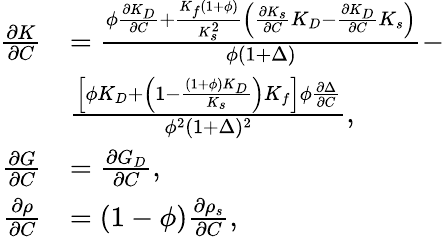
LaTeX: \begin{array}{r}{\begin{array}{rl}{\frac{\partial K}{\partial C}}&{=\frac{\phi\frac{\partial K_{D}}{\partial C}+\frac{K_{f}(1+\phi)}{K_{s}^{2}}\left(\frac{\partial K_{s}}{\partial C}K_{D}-\frac{\partial K_{D}}{\partial C}K_{s}\right)}{\phi(1+\Delta)}-}\\ &{\frac{\left[\phi K_{D}+\left(1-\frac{(1+\phi)K_{D}}{K_{s}}\right)K_{f}\right]\phi\frac{\partial\Delta}{\partial C}}{\phi^{2}(1+\Delta)^{2}},}\\ {\frac{\partial G}{\partial C}}&{=\frac{\partial G_{D}}{\partial C},}\\ {\frac{\partial\rho}{\partial C}}&{=(1-\phi)\frac{\partial\rho_{s}}{\partial C},}\end{array}}\end{array}